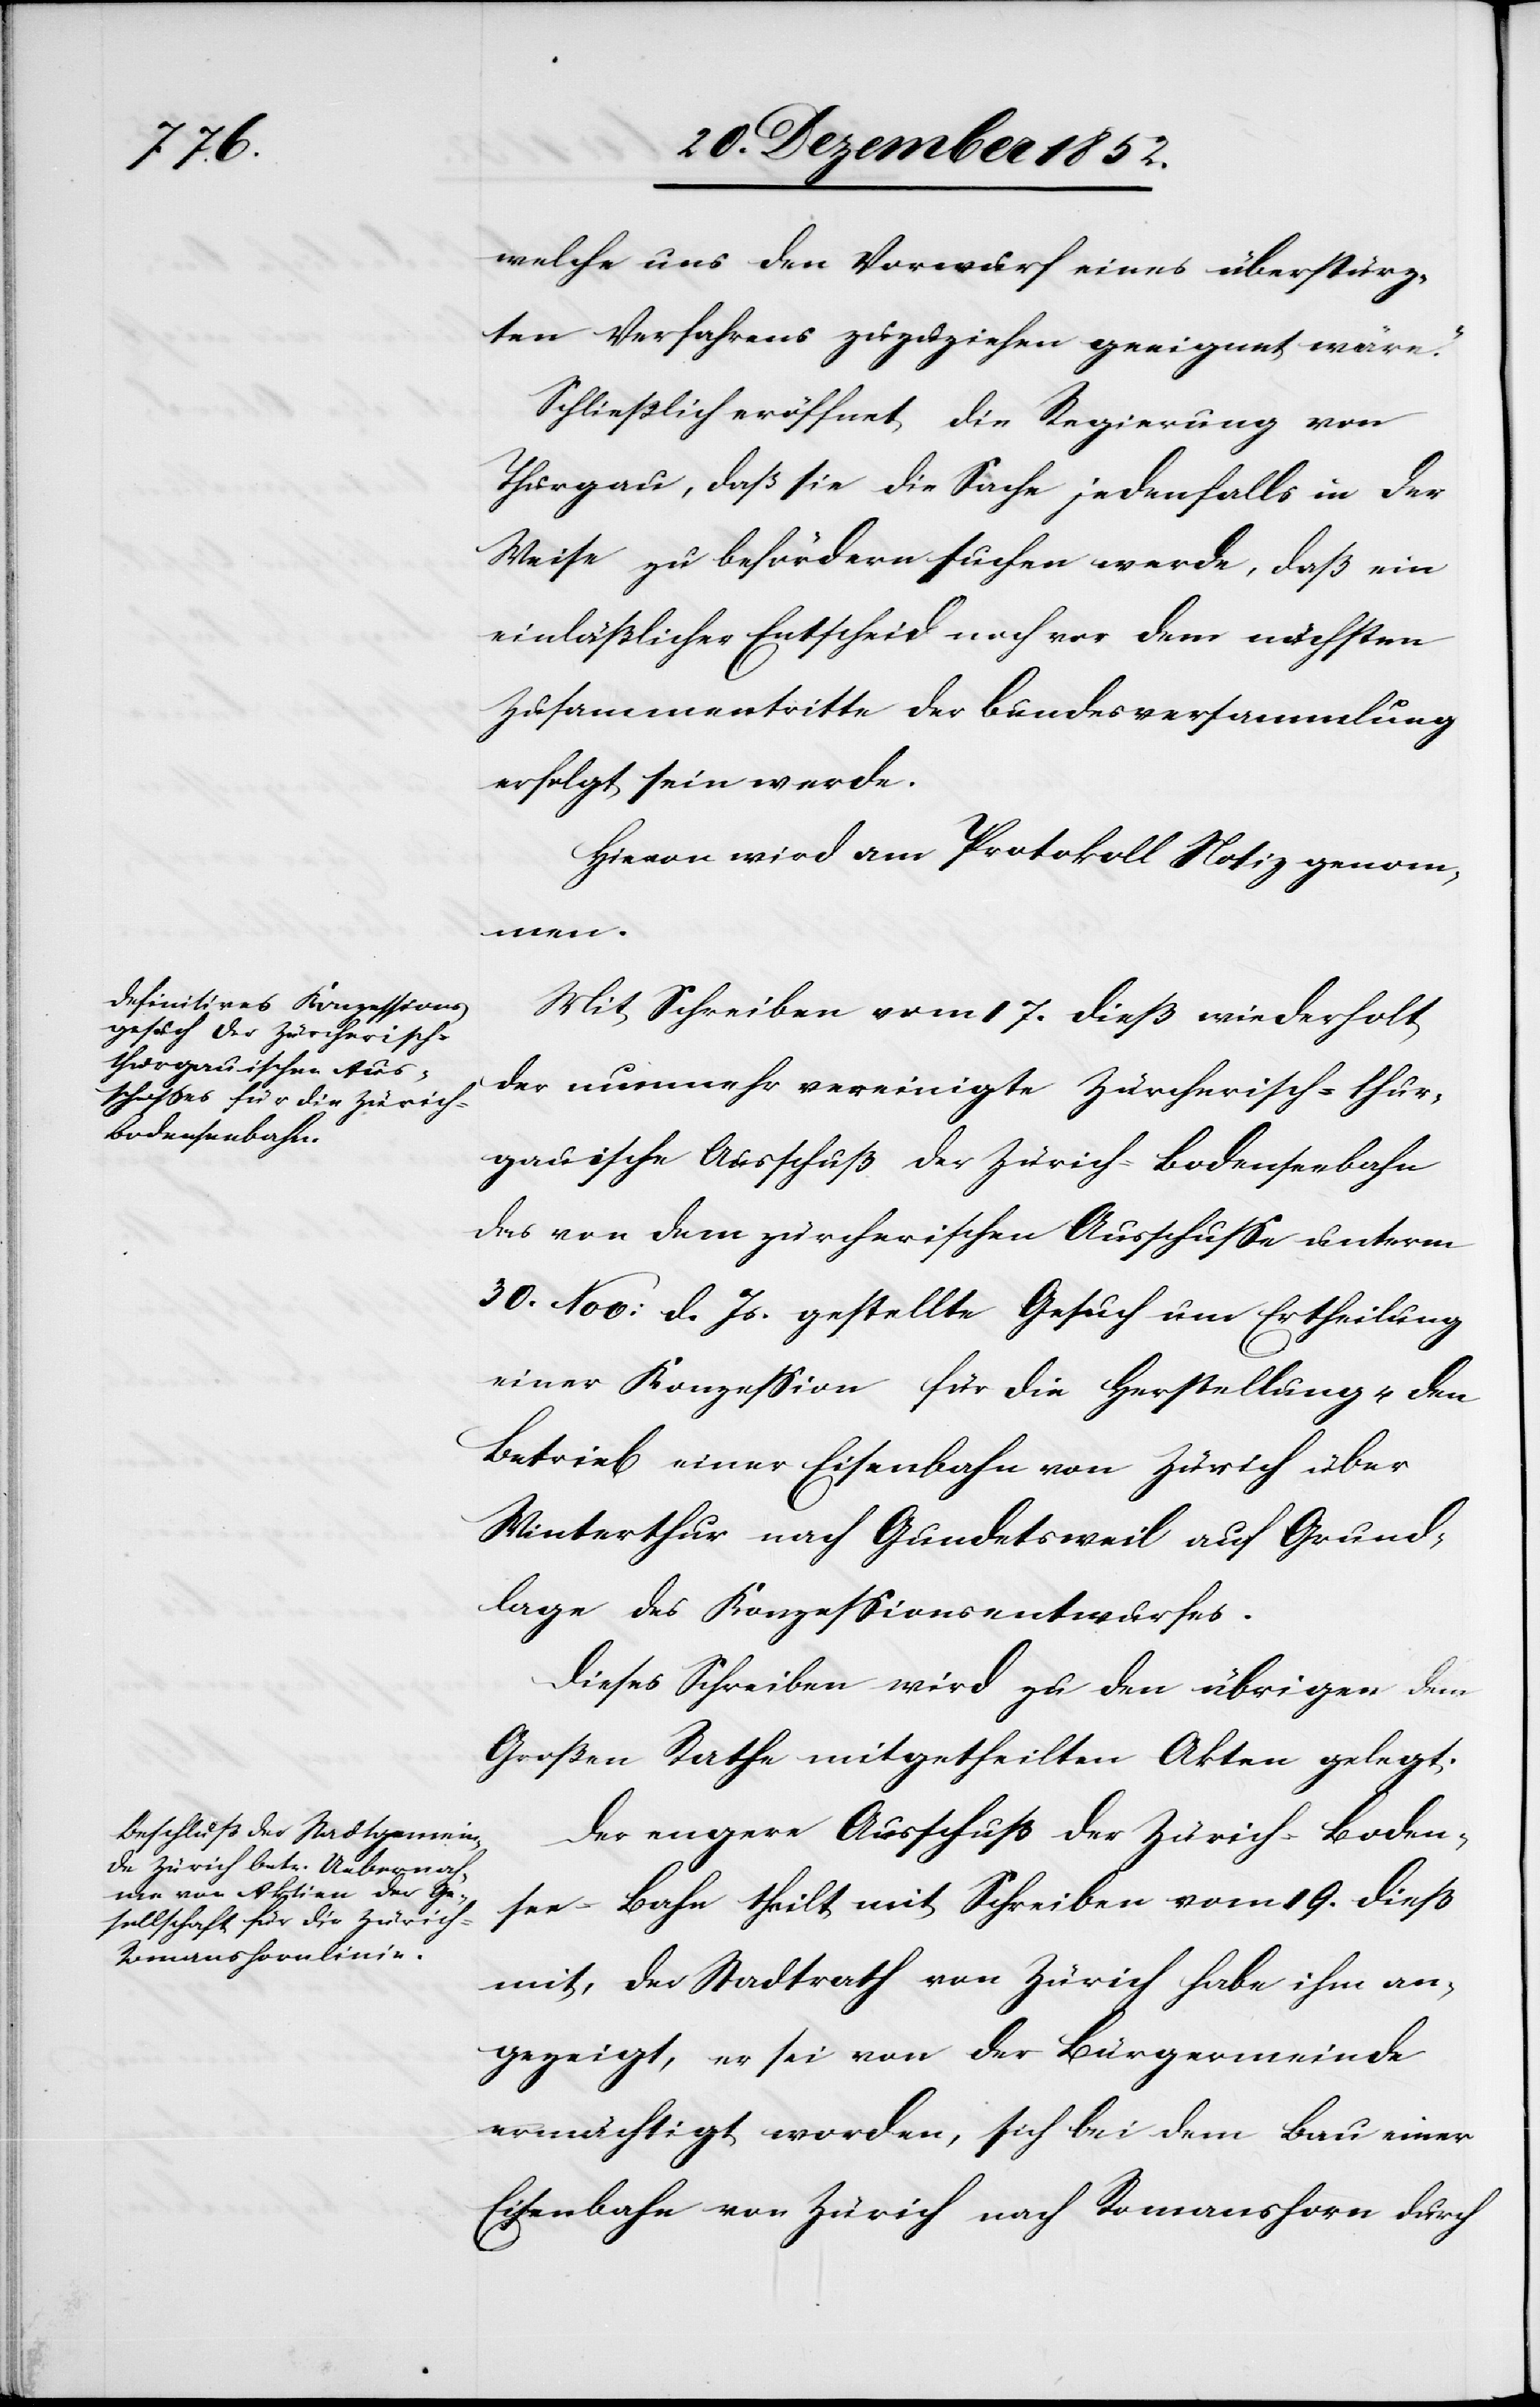
welche uns den Vorwurf eines überstürz¬
ten Verfahrens zuzuziehen geeignet wäre.“
Schließlich eröffnet die Regierung von
Thurgau, daß sie die Sache jedenfalls in der
Weise zu befördern suchen werde, daß ein
einläßlicher Entscheid noch vor dem nächsten
Zusammentritte der Bundesversammlung
erfolgt sein werde.
Hievon wird am Protokoll Notiz genom¬
men.
Mit Schreiben vom 17. dieß wiederholt
der nunmehr vereinigte Zürcherisch-thur¬
gauische Ausschuß der Zürich-Bodenseebahn
das von dem zürcherischen Ausschusse unterm
30. Nov: d. Js. gestellte Gesuch um Ertheilung
einer Konzession für die Herstellung u. den
Betrieb einer Eisenbahn von Zürich über
Winterthur nach Gundetsweil auf Grund¬
lage des Konzessionsentwurfes.
Dieses Schreiben wird zu den übrigen dem
Großen Rathe mitgetheilten Akten gelegt.
Der engere Ausschuß der Zürich-Boden¬
see-Bahn theilt mit Schreiben vom 19. dieß
mit, der Stadtrath von Zürich habe ihm an¬
gezeigt, er sei von der Bürger[ge]meinde
ermächtigt worden, sich bei dem Bau einer
Eisenbahn von Zürich nach Romanshorn durch